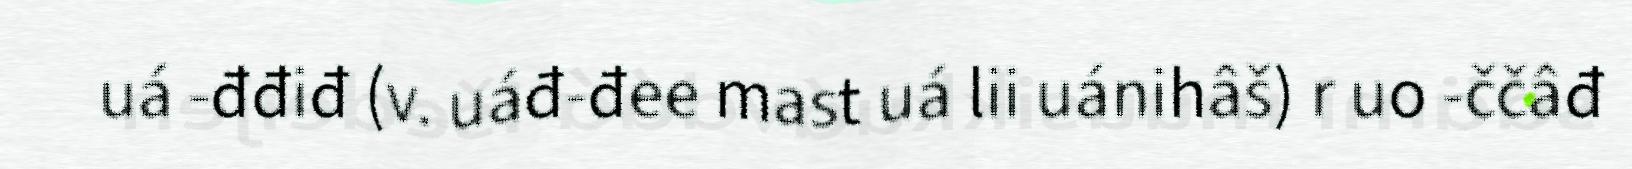
uá -đđiđ (v. uáđ-đee mast uá lii uánihâš) r uo -ččâđ